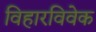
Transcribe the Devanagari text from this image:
विहारविवेक